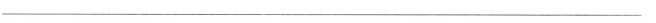
___